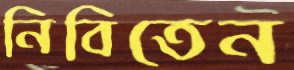
নিবিতেন